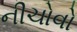
નીચોવો